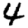
Digit: 4